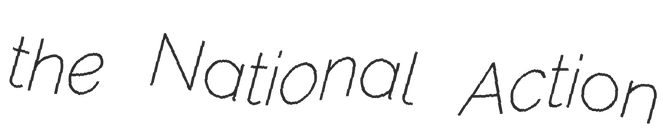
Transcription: the National Action